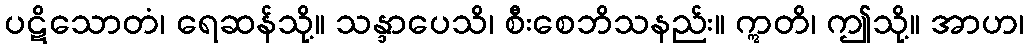
ပဋိသောတံ၊ ရေဆန်သို့။ သန္ဒာပေသိ၊ စီးစေဘိသနည်း။ ဣတိ၊ ဤသို့။ အာဟ၊